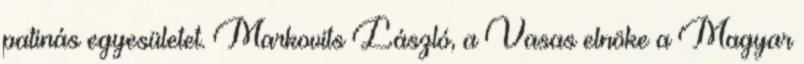
patinás egyesületet. Markovits László, a Vasas elnöke a Magyar